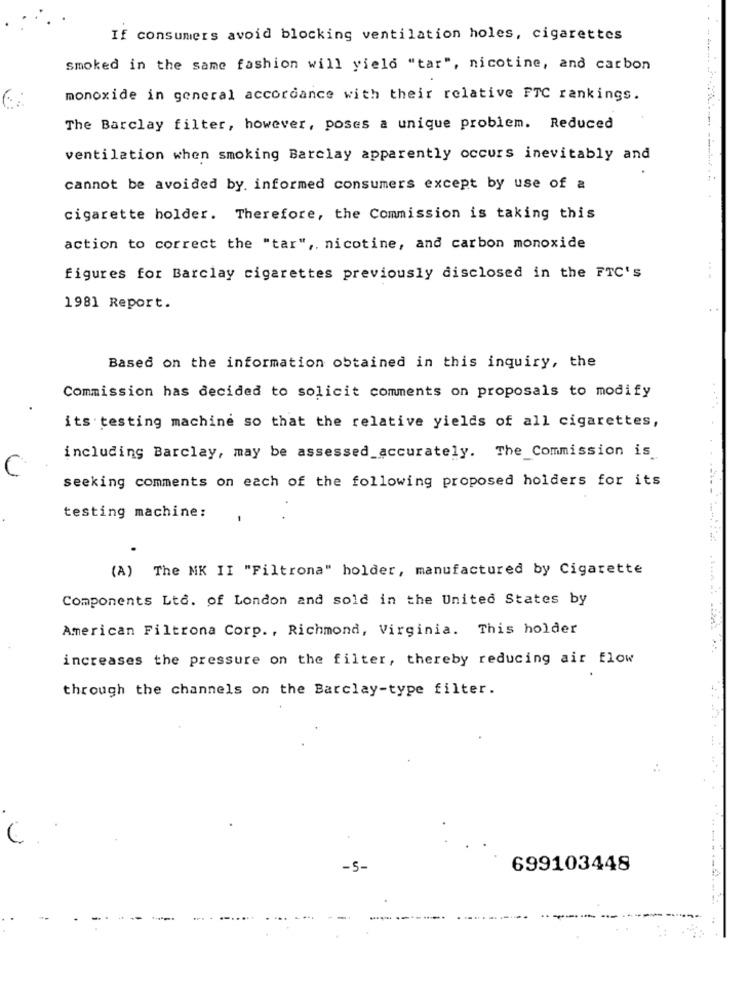
If consumers avoid blocking ventilation holes, cigarettes
smoked in the same fashion will yield "tar", nicotine, and carbon
monoxide in general accordance with their relative FTC rankings.
The Barclay filter, however, poses a unique problem. Reduced
ventilation when smoking Barclay apparently occurs inevitably and
cannot be avoided by. informed consumers except by use of a
cigarette holder. Therefore, the Commission is taking this
action to correct the "tar" ,, nicotine, and carbon monoxide
figures for Barclay cigarettes previously disclosed in the FTC's
1981 Report.
Based on the information obtained in this inquiry, the
Commission has decided to solicit comments on proposals to modify
its testing machine so that the relative yields of all cigarettes,
including Barclay, may be assessed_accurately. The_Commission is
C
seeking comments on each of the following proposed holders for its
testing machine:
(A) The MK II "Filtrona" holder, manufactured by Cigarette
Components Ltd. of London and sold in the United States by
American Filtrona Corp ., Richmond, Virginia. This holder
increases the pressure on the filter, thereby reducing air flow
through the channels on the Barclay-type filter.
699103448